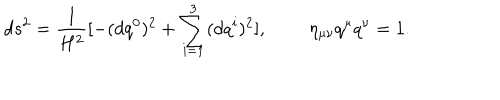
LaTeX: d s ^ { 2 } = \frac { 1 } { H ^ { 2 } } [ - ( d q ^ { 0 } ) ^ { 2 } + \sum _ { i = 1 } ^ { 3 } ( d q ^ { i } ) ^ { 2 } ] , \; \; \eta _ { \mu \nu } q ^ { \mu } q ^ { \nu } = 1 .